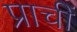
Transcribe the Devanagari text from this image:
प्राचीं